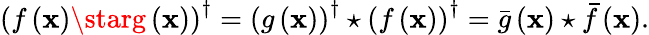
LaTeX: \left(f\left(\mathbf{x}\right)\starg\left(\mathbf{x}\right)\right)^{\dagger}=\left(g\left(\mathbf{x}\right)\right)^{\dagger}\star\left(f\left(\mathbf{x}\right)\right)^{\dagger}=\bar{{g}}\left(\mathbf{x}\right)\star\bar{{f}}\left(\mathbf{x}\right).